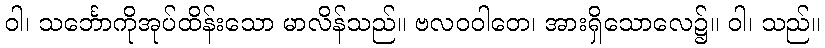
ဝါ၊ သင်္ဘောကိုအုပ်ထိန်းသော မာလိန်သည်။ ဗလဝဝါတေ၊ အားရှိသောလေ၌။ ဝါ၊ သည်။